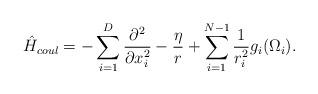
LaTeX: \begin{align*} \hat{H}_{coul}=-\sum_{i=1}^{D}\frac{\partial^2}{\partial x_i^2}-\frac{\eta}{r}+\sum_{i=1}^{N-1}\frac{1}{r_i^2}g_i(\Omega_i).\end{align*}